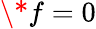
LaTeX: \* f=0